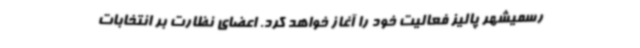
رسمیشهر پالیز فعالیت خود را آغاز خواهد کرد. اعضای نظارت بر انتخابات